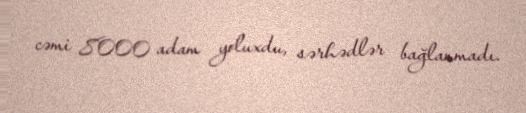
cəmi 8000 adam yoluxdu, sərhədlər bağlanmadı.